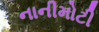
નાનીમોટી